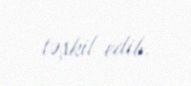
təşkil edib.